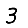
Digit: 3